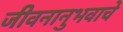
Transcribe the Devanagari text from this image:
जीवनानुभवाचे